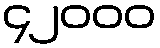
၄၂၀၀၀